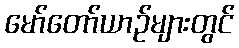
မော်တော်ယာဉ်များတွင်